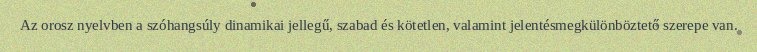
Az orosz nyelvben a szóhangsúly dinamikai jellegű, szabad és kötetlen, valamint jelentésmegkülönböztető szerepe van.